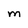
Character: M